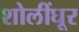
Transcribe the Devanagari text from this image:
शोलींघूर